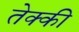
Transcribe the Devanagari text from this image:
तेक्की